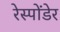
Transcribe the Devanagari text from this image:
रेस्पोंडेर